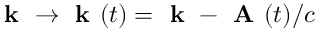
\textbf { k } \to \textbf { k } ( t ) = \textbf { k } - \textbf { A } ( t ) / c